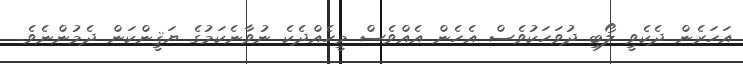
އަހަރެން ދެކެވީ ލޯބި ދުވަހަކުވެސް އެހެން އެއްވެސް މީހެއްދެކެ ނުވާނެކަމުގެ ޔަޤީންކަން ދެމުންނެވެ.